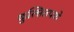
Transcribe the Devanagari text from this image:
कुत्सितपणे